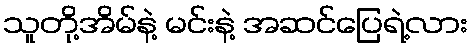
သူတို့အိမ်နဲ့ မင်းနဲ့ အဆင်ပြေရဲ့လား